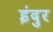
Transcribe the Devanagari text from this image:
इंदुर